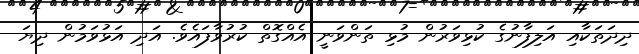
ދިދަތަކާއި އަލިފާނުގެ ކުޅިވަރުން މުޅި ތަންވަނީ އެއްގޮތް ކުރުވާފައެވެ. އަދި އަޅުވަމުން ދިޔަ